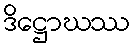
ဒိဋ္ဌောဃဿ